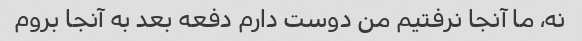
نه، ما آنجا نرفتیم من دوست دارم دفعه بعد به آنجا بروم